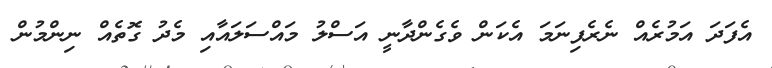
އެފަދަ އަމުރެއް ނެރެފިނަމަ އެކަން ވެގެންދާނީ އަސްލު މައްސަލައާއި މެދު ގޮތެއް ނިންމުން